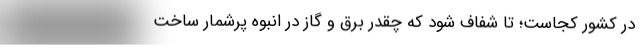
در کشور کجاست؛ تا شفاف شود که چقدر برق و گاز در انبوه پرشمار ساخت